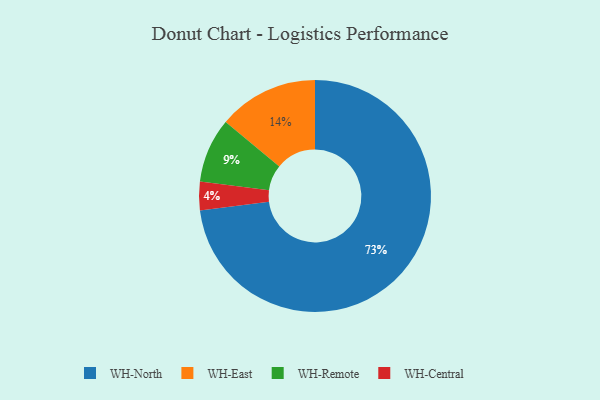
{"axis": {"x": "Category", "y": "Percentage"}, "legend": ["WH-Central", "WH-East", "WH-North", "WH-Remote"], "data": [{"x": "WH-North", "y": 73, "type": "WH-North"}, {"x": "WH-Remote", "y": 9, "type": "WH-Remote"}, {"x": "WH-East", "y": 14, "type": "WH-East"}, {"x": "WH-Central", "y": 4, "type": "WH-Central"}]}